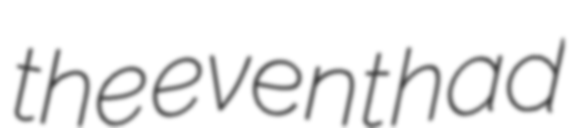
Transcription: the event had